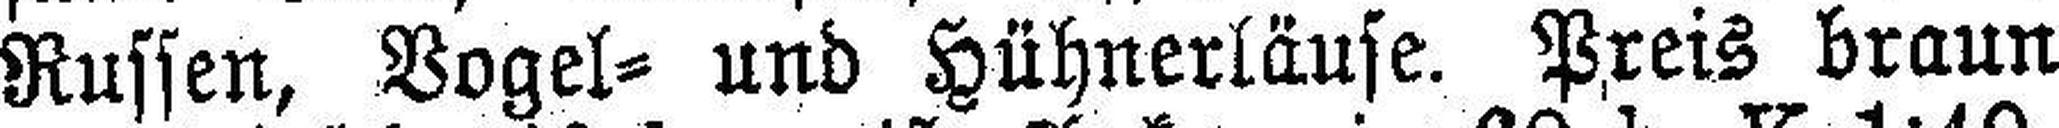
Russen, Vogel= und Hühnerläuse. Preis braun